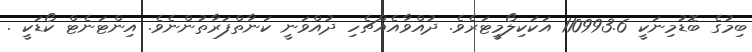
ބިމުގެ ބޮޑުމިނަކީ 110993.6 އަކަކިލޯމީޓަރެވެ. ދުއްވާއެއްޗެހި ދުއްވަނީ ކަނާތްފަރާތުންނެވެ. އިންޓަނެޓް ކޯޑަކީ .